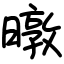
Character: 暾